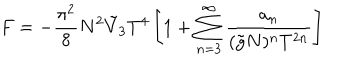
F = - \frac { \pi ^ { 2 } } { 8 } N ^ { 2 } \tilde { V } _ { 3 } T ^ { 4 } \left[ 1 + \sum _ { n = 3 } ^ { \infty } \frac { a _ { n } } { ( \tilde { g } N ) ^ { n } T ^ { 2 n } } \right]